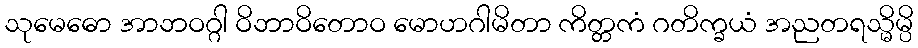
သုမေဓော အာဘဝဂ္ဂါ ဝိဘာဝိတောဝ မောဟဂါမိတာ ကိတ္တကံ ဂတိက္ခယံ အညတရသ္မိမ္ပိ